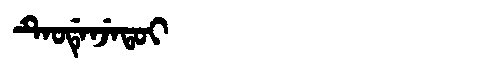
Manchu: ᡨᡝᠣᡩᡝᠨᠵᡝᡨᠣᡳ
Romanization: TEODENJETOI